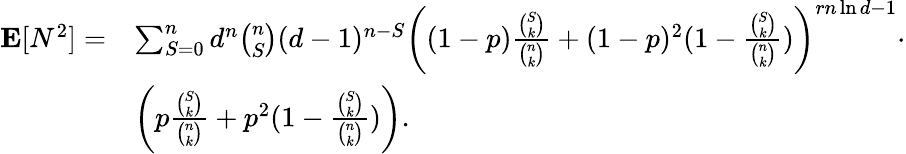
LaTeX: \begin{array}{rl}{\mathbf{E}[N^{2}]=}&{\sum_{S=0}^{n}d^{n}\binom nS(d-1)^{n-S}\left((1-p)\frac{\binom Sk}{\binom nk}+(1-p)^{2}(1-\frac{\binom Sk}{\binom nk})\right)^{rn\ln d-1}\cdot}\\ &{\left(p\frac{\binom Sk}{\binom nk}+p^{2}(1-\frac{\binom Sk}{\binom nk})\right).}\end{array}